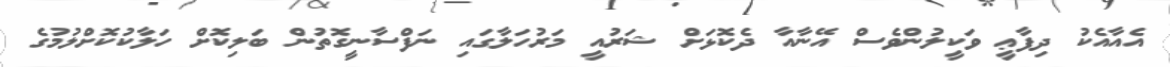
އެއާއެކު ދިފާޢީ ވަކީލުންވެސް އޭނާއާ ދެކޮޅަށް ޝަރުއީ މަރުހަލާގައި ނަފްސާނީގޮތުން ބަލިކޮށް ހަލާކުކޮށްލުމުގެ